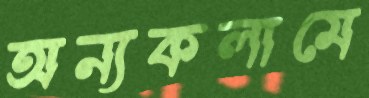
অন্যকলামে